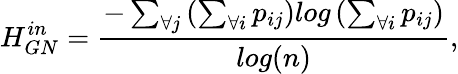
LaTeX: H_{GN}^{in}=\frac{-\sum_{\forall j}\left(\sum_{\forall i}p_{ij}\right)log\left(\sum_{\forall i}p_{ij}\right)}{log(n)},